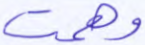
وهمت